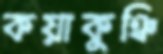
কয়াকুঞ্চি